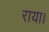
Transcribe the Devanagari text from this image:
राया।